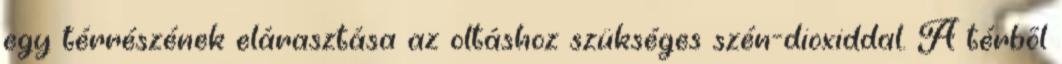
egy térrészének elárasztása az oltáshoz szükséges szén-dioxiddal. A térbõl